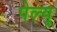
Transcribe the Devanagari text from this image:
पेल्यू